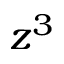
z ^ { 3 }